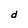
Character: d